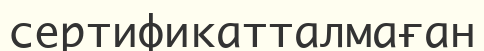
сертификатталмаған